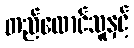
တည်ထောင်သူနှင့်